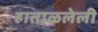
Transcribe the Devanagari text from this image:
हाताळलेली